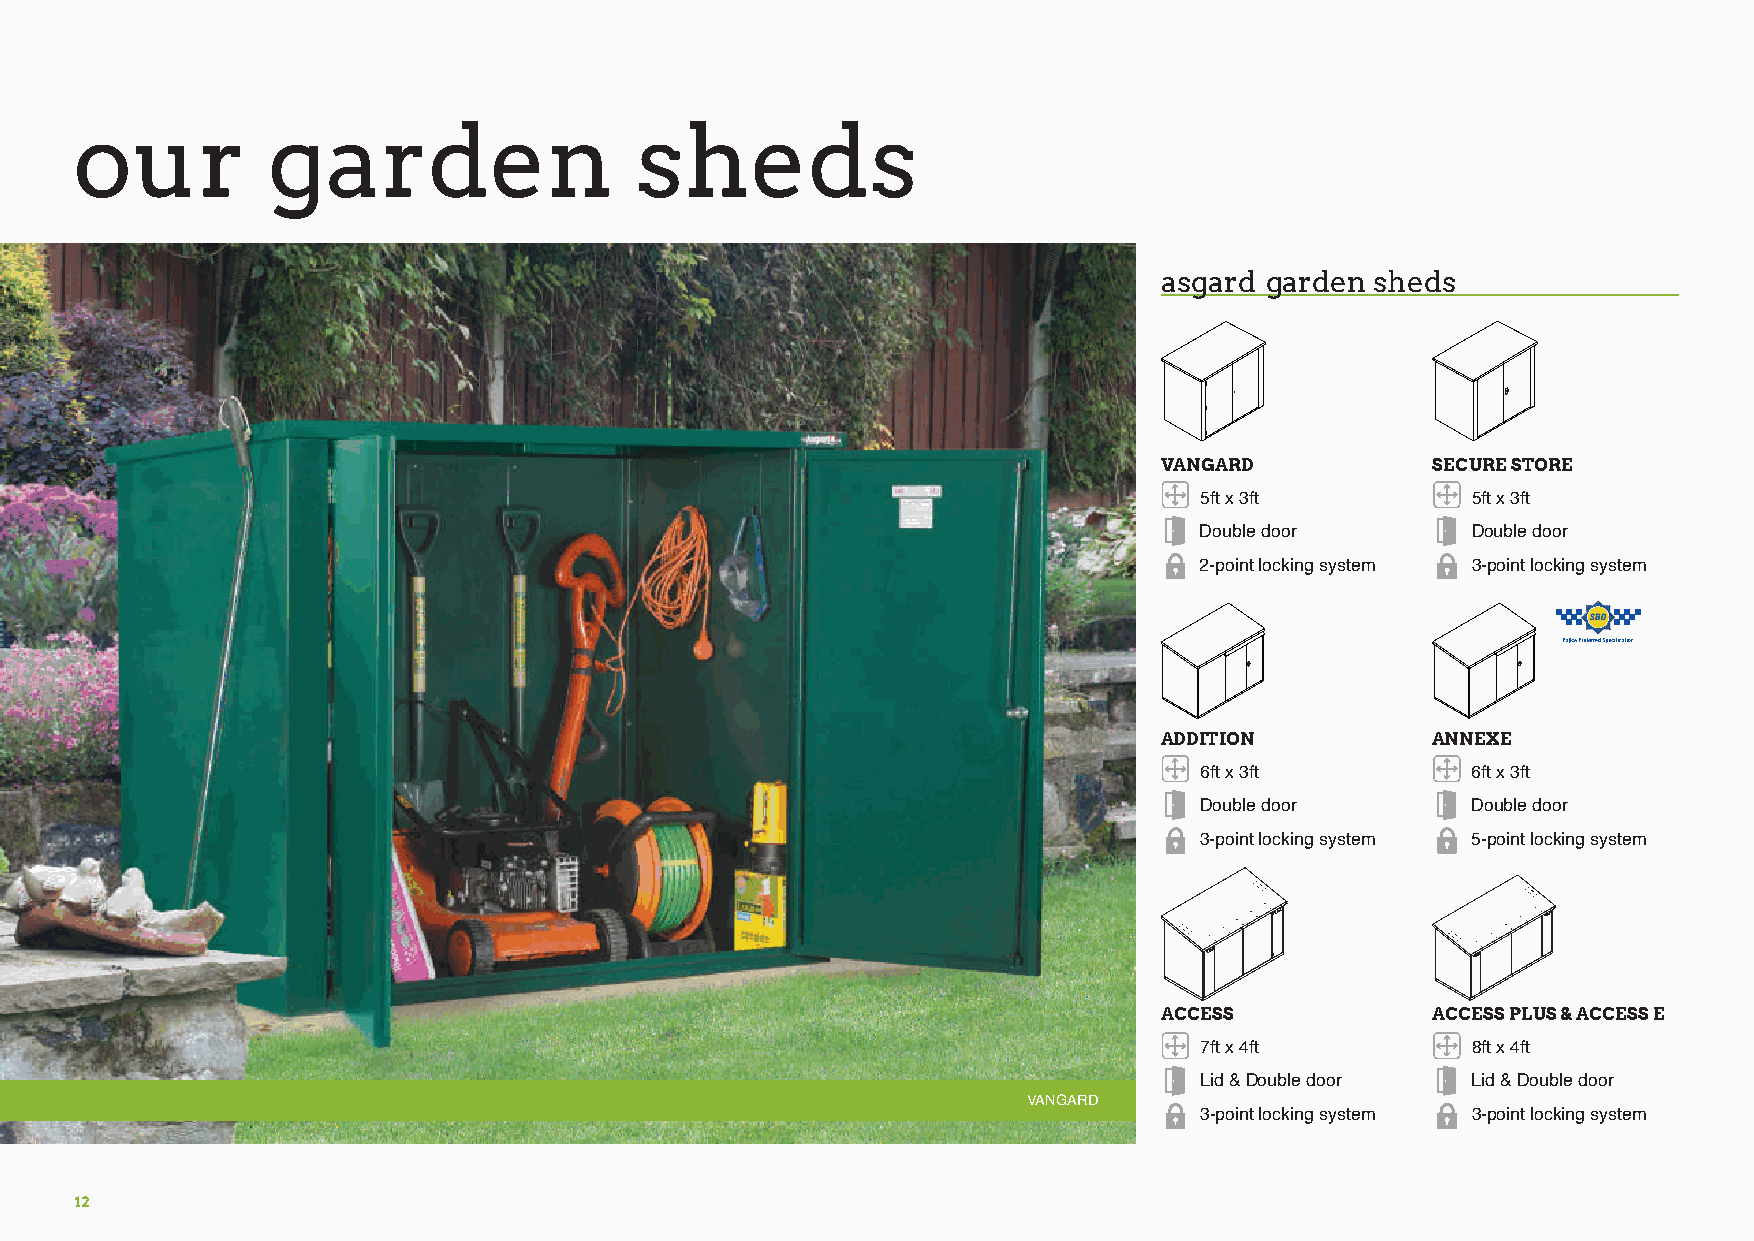
our          garden                  sheds
 asgard garden sheds
 VANGARD           SECURE STORE
 5ft x 3ft         5ft x 3ft
 Double door       Double door
 2-point locking system 3-point locking system
 ADDITION          ANNEXE
 6ft x 3ft         6ft x 3ft
 Double door       Double door
 3-point locking system 5-point locking system
 ACCESS            ACCESS PLUS & ACCESS E
 7ft x 4ft         8ft x 4ft
 Lid & Double door Lid & Double door
 VANGARD
 3-point locking system 3-point locking system
 12